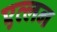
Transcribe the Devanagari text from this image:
एव्लन